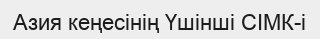
Азия кеңесінің Үшінші СІМК-і